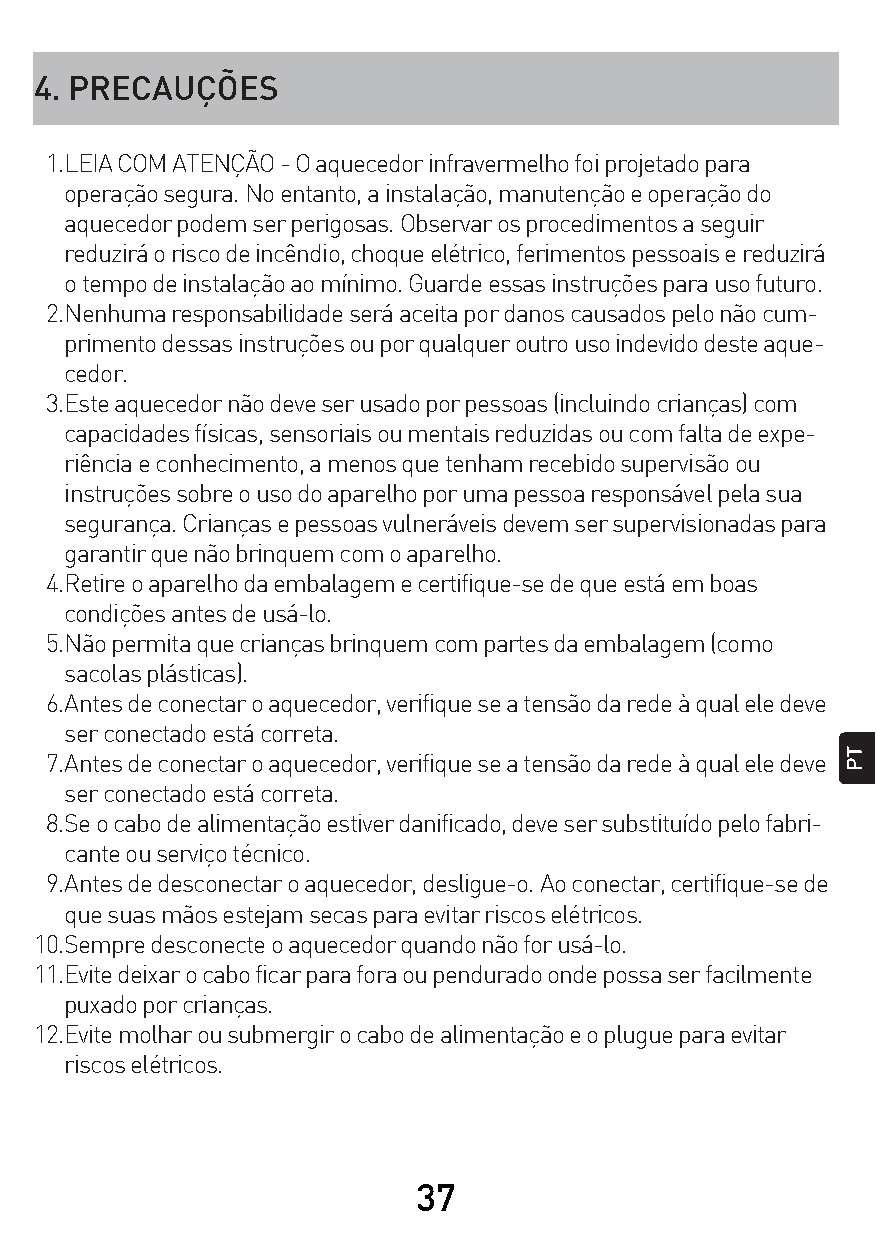
4. PRECAUÇÕES
 1.LEIA COM ATENÇÃO - O aquecedor infravermelho foi projetado para
 operação segura. No entanto, a instalação, manutenção e operação do
 aquecedor podem ser perigosas. Observar os procedimentos a seguir
 reduzirá o risco de incêndio, choque elétrico, ferimentos pessoais e reduzirá
 o tempo de instalação ao mínimo. Guarde essas instruções para uso futuro.
 2.Nenhuma responsabilidade será aceita por danos causados p elo não cum-
 primento dessas instruções ou por qualquer outro uso indevido deste aque-
 cedor.
 3.Este aquecedor não deve ser usado por pessoas (incluindo crianças) com
 capacidades físicas, sensoriais ou mentais reduzidas ou com falta de expe-
 riência e conhecimento, a menos que tenham recebido supervisão ou
 instruções sobre o uso do aparelho por uma pessoa responsável pela sua
 segurança. Crianças e pessoas vulneráveis d evem ser supervisionadas para
 garantir que não brinquem com o aparelho.
 4.Retire o aparelho da embalagem e certifique-se de que está em boas
 condições antes de usá-lo.
 5.Não permita que crianças brinquem com partes da embalagem (como
 sacolas plásticas).
 6.Antes de conectar o aquecedor, verifique se a tensão da rede à qual ele deve
 ser conectado está correta.
 7.Antes de conectar o aquecedor, verifique se a tensão da rede à qual ele deve
 ser conectado está correta.
 8.Se o cabo de alimentação estiver danificado, deve ser substituído pelo fabri-
 cante ou serviço técnico.
 9.Antes de desconectar o aquecedor, desligue-o. Ao conectar, certifique-se de
 que suas mãos estejam secas para evitar riscos elétricos.
 10.Sempre desconecte o aquecedor quando não for usá-lo.
 11.Evite deixar o cabo ficar para fora ou pendurado onde possa ser facilmente
 puxado por crianças.
 12.Evite molhar ou submergir o cabo de alimentação e o plugue para evitar
 riscos elétricos.
 37